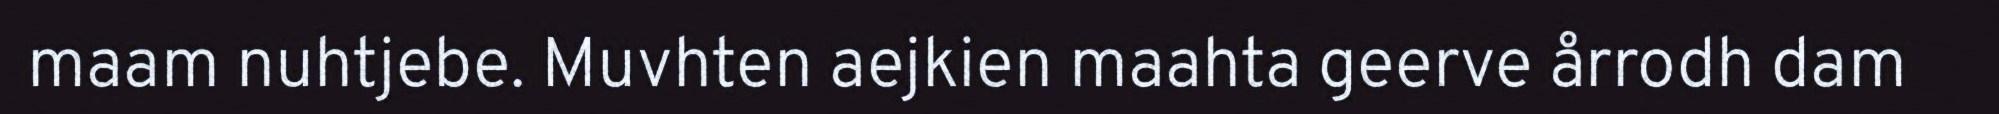
maam nuhtjebe. Muvhten aejkien maahta geerve årrodh dam